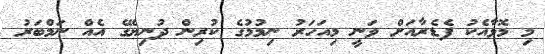
މި މޮޅާއެކު ފެޑެރާއަށް ވަނީ މިއަހަރު ނިމުމުގެ ކުރިން ދުނިޔޭގެ އެއް ނަމްބަރު